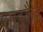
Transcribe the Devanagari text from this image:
साइकैंड